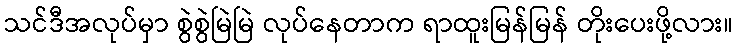
သင်ဒီအလုပ်မှာ စွဲစွဲမြဲမြဲ လုပ်နေတာက ရာထူးမြန်မြန် တိုးပေးဖို့လား။